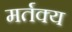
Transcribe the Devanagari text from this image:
मर्तक्य